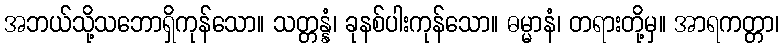
အဘယ်သို့သဘောရှိကုန်သော။ သတ္တန္နံ၊ ခုနစ်ပါးကုန်သော။ ဓမ္မာနံ၊ တရားတို့မှ။ အာရကတ္တာ၊